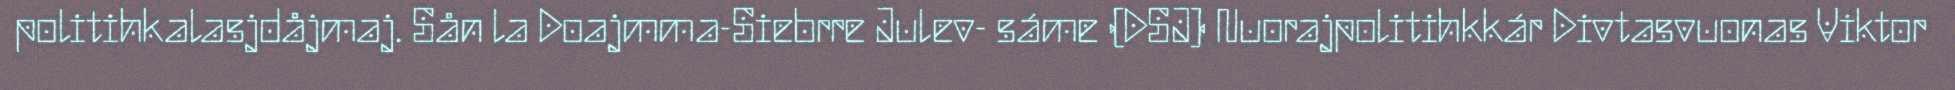
politihkalasjdåjmaj. Sån la Doajmma-Siebrre Julev- sáme (DSJ) Nuorajpolitihkkár Divtasvuonas Viktor